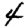
Digit: 4